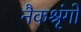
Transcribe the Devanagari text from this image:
नैकश्रृंगो